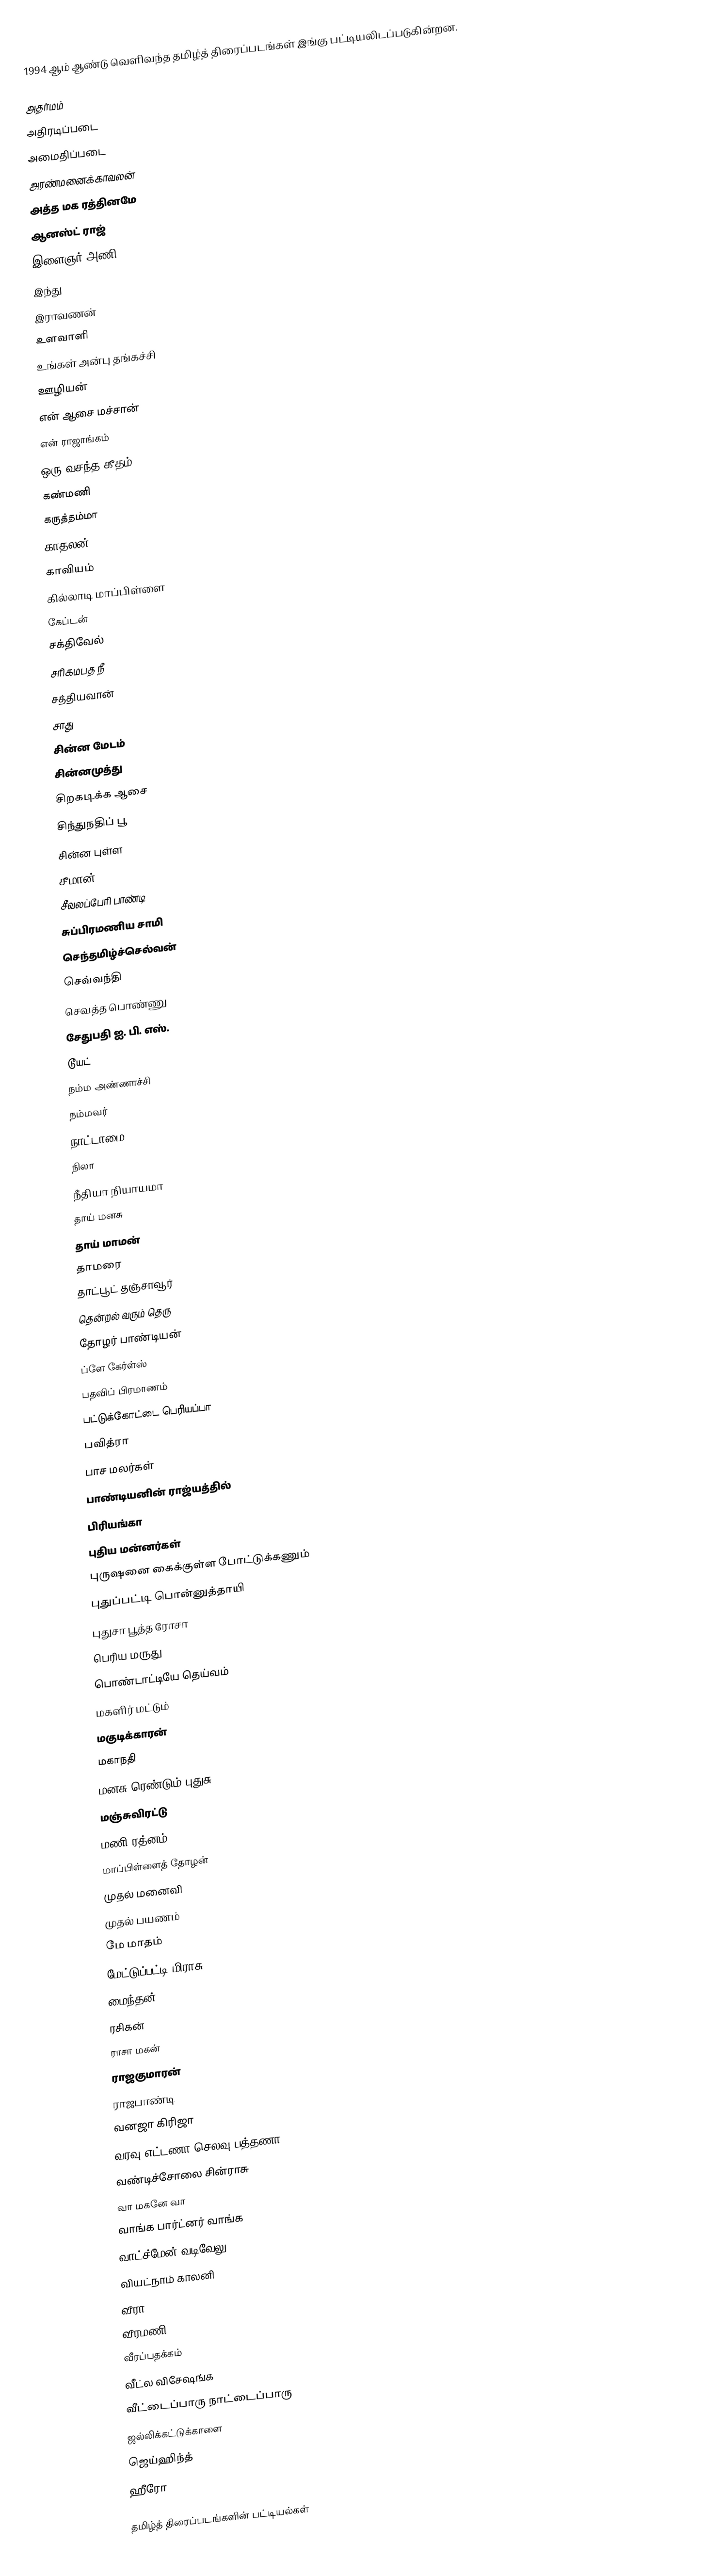
1994 ஆம் ஆண்டு வெளிவந்த தமிழ்த் திரைப்படங்கள் இங்கு பட்டியலிடப்படுகின்றன.

அதர்மம்
அதிரடிப்படை
அமைதிப்படை
அரண்மனைக்காவலன்
அத்த மக ரத்தினமே
ஆனஸ்ட் ராஜ்
இளைஞர் அணி
இந்து
இராவணன்
உளவாளி
உங்கள் அன்பு தங்கச்சி
ஊழியன்
என் ஆசை மச்சான்
என் ராஜாங்கம்
ஒரு வசந்த கீதம்
கண்மணி
கருத்தம்மா
காதலன்
காவியம்
கில்லாடி மாப்பிள்ளை
கேப்டன்
சக்திவேல்
சரிகமபத நீ
சத்தியவான்
சாது
சின்ன மேடம்
சின்னமுத்து
சிறகடிக்க ஆசை
சிந்துநதிப் பூ
சின்ன புள்ள
சீமான்
சீவலப்பேரி பாண்டி
சுப்பிரமணிய சாமி
செந்தமிழ்ச்செல்வன்
செவ்வந்தி
செவத்த பொண்ணு
சேதுபதி ஐ. பி. எஸ்.
டூயட்
நம்ம அண்ணாச்சி
நம்மவர்
நாட்டாமை
நிலா
நீதியா நியாயமா
தாய் மனசு
தாய் மாமன்
தாமரை
தாட்பூட் தஞ்சாவூர்
தென்றல் வரும் தெரு
தோழர் பாண்டியன்
ப்ளே கேர்ள்ஸ்
பதவிப் பிரமாணம்
பட்டுக்கோட்டை பெரியப்பா
பவித்ரா
பாச மலர்கள்
பாண்டியனின் ராஜ்யத்தில்
பிரியங்கா
புதிய மன்னர்கள்
புருஷனை கைக்குள்ள போட்டுக்கணும்
புதுப்பட்டி பொன்னுத்தாயி
புதுசா பூத்த ரோசா
பெரிய மருது
பொண்டாட்டியே தெய்வம்
மகளிர் மட்டும்
மகுடிக்காரன்
மகாநதி
மனசு ரெண்டும் புதுசு
மஞ்சுவிரட்டு
மணி ரத்னம்
மாப்பிள்ளைத் தோழன்
முதல் மனைவி
முதல் பயணம்
மே மாதம்
மேட்டுப்பட்டி மிராசு
மைந்தன்
ரசிகன்
ராசா மகன்
ராஜகுமாரன்
ராஜபாண்டி
வனஜா கிரிஜா
வரவு எட்டணா செலவு பத்தணா
வண்டிச்சோலை சின்ராசு
வா மகனே வா
வாங்க பார்ட்னர் வாங்க
வாட்ச்மேன் வடிவேலு
வியட்நாம் காலனி
வீரா
வீரமணி
வீரப்பதக்கம்
வீட்ல விசேஷங்க
வீட்டைப்பாரு நாட்டைப்பாரு
ஜல்லிக்கட்டுக்காளை
ஜெய்ஹிந்த்
ஹீரோ

தமிழ்த் திரைப்படங்களின் பட்டியல்கள்